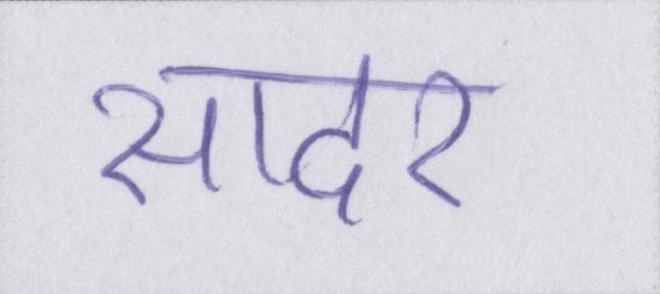
सादर